Rangoon Lunatic Asylum 1893-1897 - 1893-1897
Year: 1893
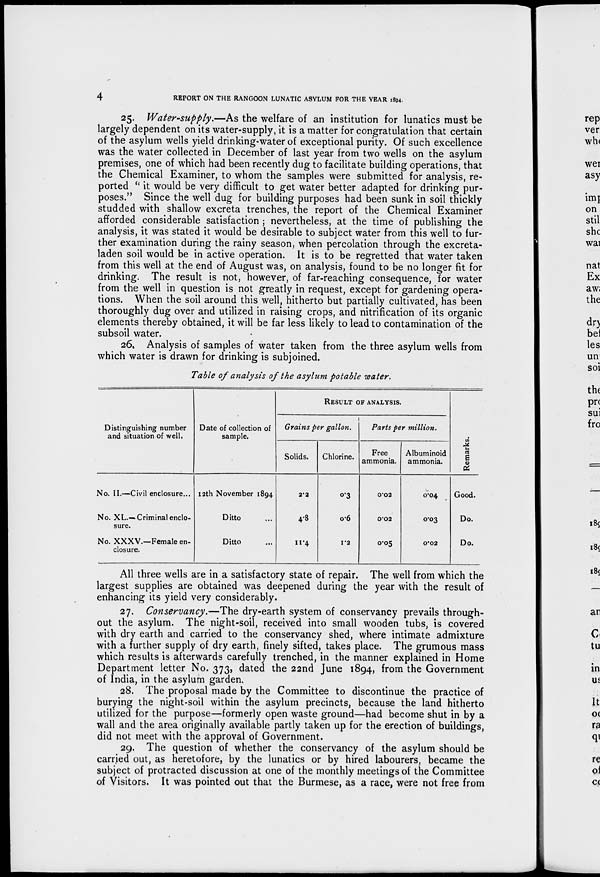
4
REPORT ON THE RANGOON LUNATIC ASYLUM FOR THE YEAR 1894.
25. Water-supply.—As the welfare of an institution for lunatics must be
largely dependent on its water-supply, it is a matter for congratulation that certain
of the asylum wells yield drinking-water of exceptional purity. Of such excellence
was the water collected in December of last year from two wells on the asylum
premises, one of which had been recently dug to facilitate building operations, that
the Chemical Examiner, to whom the samples were submitted for analysis, re-
ported '' it would be very difficult to get water better adapted for drinking pur-
poses." Since the well dug for building purposes had been sunk in soil thickly
studded with shallow excreta trenches, the report of the Chemical Examiner
afforded considerable satisfaction ; nevertheless, at the time of publishing the
analysis, it was stated it would be desirable to subject water from this well to fur-
ther examination during the rainy season, when percolation through the excreta-
laden soil would be in active operation. It is to be regretted that water taken
from this well at the end of August was, on analysis, found to be no longer fit for
drinking. The result is not, however, of far-reaching consequence, for water
from the well in question is not greatly in request, except for gardening opera-
tions. When the soil around this well, hitherto but partially cultivated, has been
thoroughly dug over and utilized in raising crops, and nitrification of its organic
elements thereby obtained, it will be far less likely to lead to contamination of the
subsoil water.
26. Analysis of samples of water taken from the three asylum wells from
which water is drawn for drinking is subjoined.
Table of analysis of the asylum potable water.
Distinguishing number
and situation of well.
No. II.—Civil enclosure...
No. XL.—Criminal enclo-
sure.
No. XXXV.—Female en-
closure.
Date of collection of
sample.
12th November 1894
Ditto ...
Ditto ...
RESULT OF ANALYSIS.
Grains per gallon.
Solids.
2.2
4.8
11.4
Chlorine.
0.3
0.6
1.2
Parts per million.
Free
ammonia.
0.02
0.02
0.05
Albuminoid
ammonia.
0.04
0.03
0.02
Remarks.
Good.
Do.
Do.
All three wells are in a satisfactory state of repair. The well from which the
largest supplies are obtained was deepened during the year with the result of
enhancing its yield very considerably.
27. Conservancy.—The dry-earth system of conservancy prevails through-
out the asylum. The night-soil, received into small wooden tubs, is covered
with dry earth and carried to the conservancy shed, where intimate admixture
with a further supply of dry earth, finely sifted, takes place. The grumous mass
which results is afterwards carefully trenched, in the manner explained in Home
Department letter No. 373, dated the 22nd June 1894, from the Government
of India, in the asylum garden.
28. The proposal made by the Committee to discontinue the practice of
burying the night-soil within the asylum precincts, because the land hitherto
utilized for the purpose—formerly open waste ground—had become shut in by a
wall and the area originally available partly taken up for the erection of buildings,
did not meet with the approval of Government.
29. The question of whether the conservancy of the asylum should be
carried out, as heretofore, by the lunatics or by hired labourers, became the
subject of protracted discussion at one of the monthly meetings of the Committee
of Visitors. It was pointed out that the Burmese, as a race, were not free from